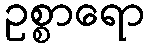
ဥစ္စာရော